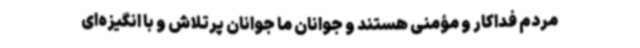
مردم فداکار و مؤمنی هستند و جوانان ما جوانان پرتلاش و با انگیزه‌ای